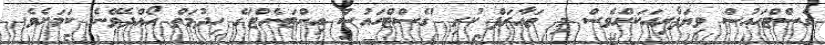
ގެސްޓްހައުސް ވިޔަފާރިއަކަށްވެސް މި ތައާރަފް ކުރި 'ގެސްޓްހައުސް އިންޓަނެޓް'ގެ ހިދުމަތް ހޯއްދެވޭނެ ކަމަށެވެ.